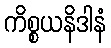
ကိစ္စယနိဒါနံ